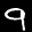
Label: 9